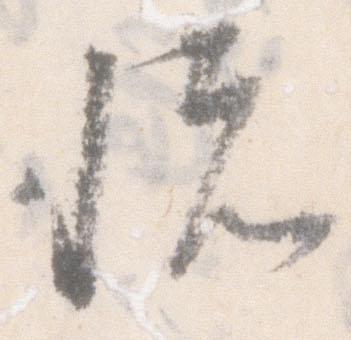
悦